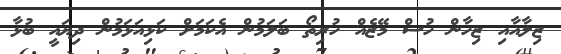
ޒިލާއާއި ޒިހާން ހުސް މޭޒެއް ހުރިތޯ ބަލަމުން އެކަމަށް ކަޅިއަޅަމުން ދިޔައީ ބުޅާ